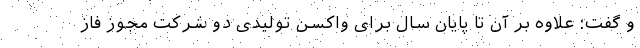
و گفت: علاوه بر آن تا پایان سال برای واکسن تولیدی دو شرکت مجوز فاز